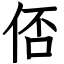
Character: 俖